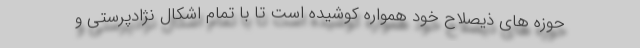
حوزه های ذیصلاح خود همواره کوشیده است تا با تمام اشکال نژادپرستی و